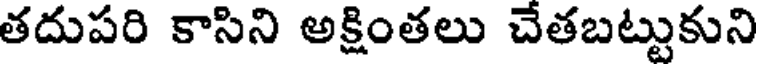
తదుపరి కాసిని అక్షింతలు చేతబట్టుకుని